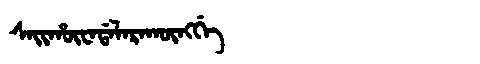
Manchu: ᠰᠠᡳᡥᡡᠸᠠᡩᠠᠯᠠᡵᠠᡴᡡᠩᡤᡝ
Romanization: SAIHŪWADALARAKŪNGGE